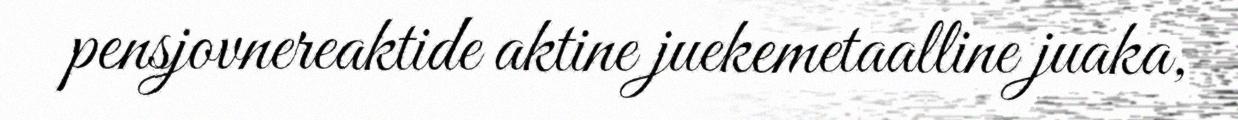
pensjovnereaktide aktine juekemetaalline juaka,